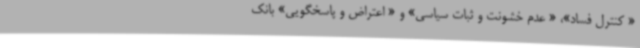
« کنترل فساد»، « عدم خشونت و ثبات سیاسی» و « اعتراض و پاسخگویی» بانک